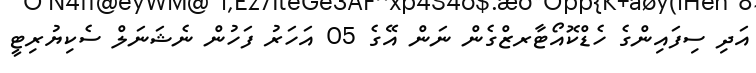
އަދި ސިފައިންގެ ހެޑްކޮއޯޓާރޒްގެން ނަން އޭގެ 05 އަހަރު ފަހުން ނެޝަނަލް ސެކިޔުރިޓީ